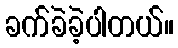
ခက်ခဲခဲ့ပါတယ်။